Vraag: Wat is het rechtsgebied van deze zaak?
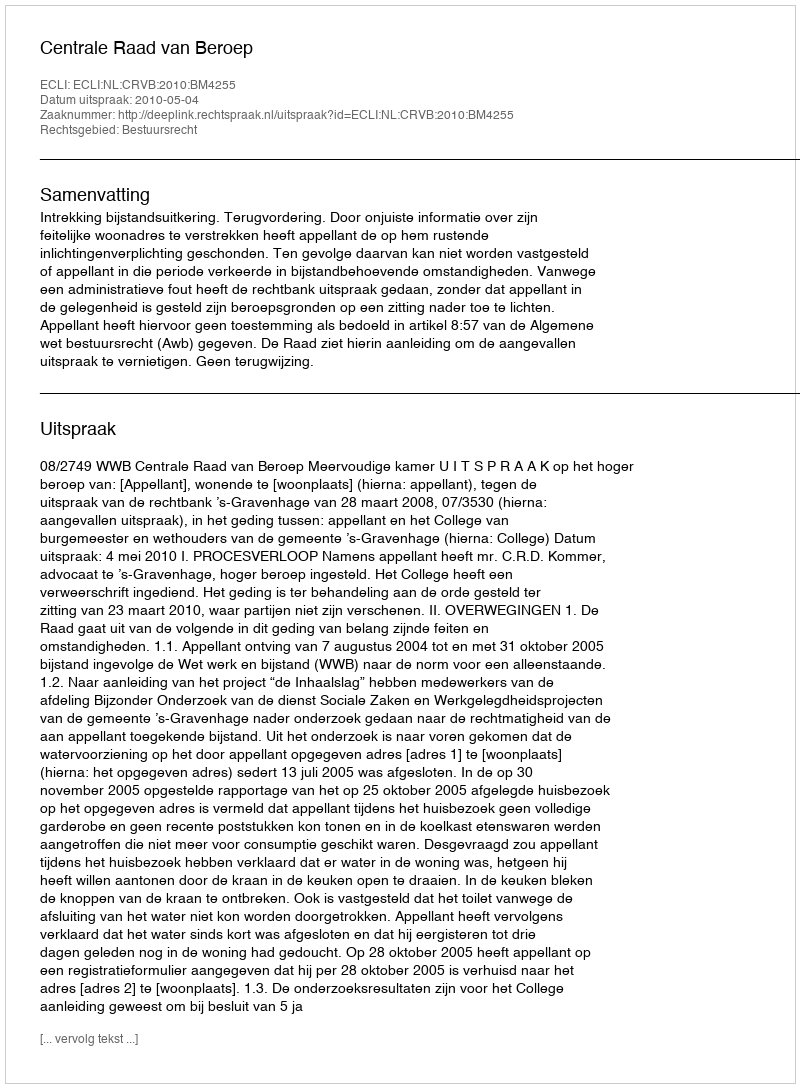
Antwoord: Bestuursrecht